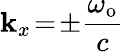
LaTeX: \mathbf{k}_{x}\! =\! \pm\frac{{\omega_{\mathrm{{o}}}}}{{c}}